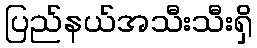
ပြည်နယ်အသီးသီးရှိ